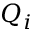
Q _ { i }